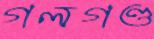
গলগণ্ড